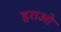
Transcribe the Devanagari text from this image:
हराओ